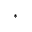
*